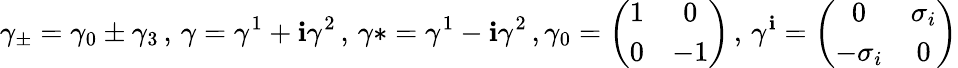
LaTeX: \gamma_{\pm}=\gamma_{0}\pm\gamma_{3}\, ,\, \gamma=\gamma^{1}+\mathbf{i}\gamma^{2}\, ,\, \gamma*=\gamma^{1}-\mathbf{i}\gamma^{2}\, ,\gamma_{0}=\left(\begin{array}{cc}{{1}}&{{0}}\\ {{0}}&{{-1}}\end{array}\right)\, ,\, \gamma^{\mathbf{i}}=\left(\begin{array}{cc}{{0}}&{{\sigma_{i}}}\\ {{-\sigma_{i}}}&{{0}}\end{array}\right)